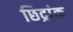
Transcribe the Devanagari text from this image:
छिद्रांक